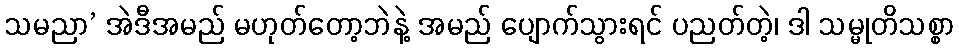
သမညာ’ အဲဒီအမည် မဟုတ်တော့ဘဲနဲ့ အမည် ပျောက်သွားရင် ပညတ်တဲ့၊ ဒါ သမ္မုတိသစ္စာ